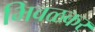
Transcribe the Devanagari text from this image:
भिवळकर